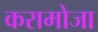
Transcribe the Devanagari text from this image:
करामोजा